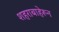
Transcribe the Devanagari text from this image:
शहराबाहेरून